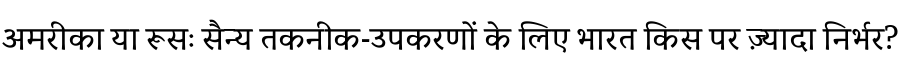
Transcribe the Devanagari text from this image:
अमरीका या रूसः सैन्य तकनीक-उपकरणों के लिए भारत किस पर ज़्यादा निर्भर?